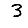
Digit: 3